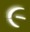
૯